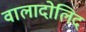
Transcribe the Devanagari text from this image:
वालादोलिद